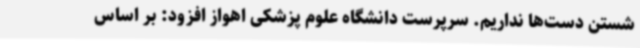
شستن دست‌ها نداریم. سرپرست دانشگاه علوم پزشکی اهواز افزود: بر اساس